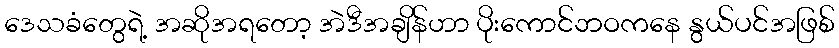
ဒေသခံတွေရဲ့ အဆိုအရတော့ အဲဒီအချိန်ဟာ ပိုးကောင်ဘဝကနေ နွယ်ပင်အဖြစ်